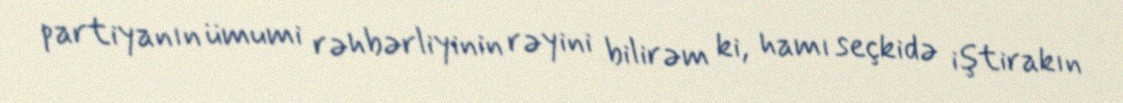
partiyanın ümumi rəhbərliyinin rəyini bilirəm ki, hamı seçkidə iştirakın